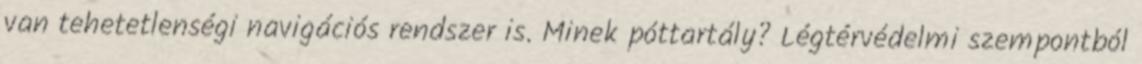
van tehetetlenségi navigációs rendszer is. Minek póttartály? Légtérvédelmi szempontból